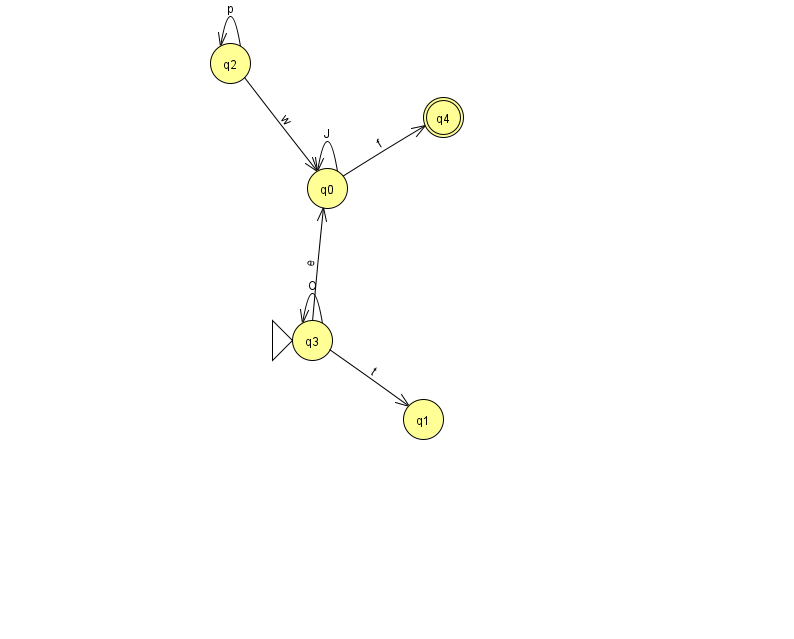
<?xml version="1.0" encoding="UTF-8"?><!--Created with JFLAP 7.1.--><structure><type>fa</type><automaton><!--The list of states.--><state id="0" name="q0"><x>327.0</x><y>175.0</y></state><state id="1" name="q1"><x>423.0</x><y>406.0</y></state><state id="2" name="q2"><x>230.0</x><y>50.0</y></state><state id="3" name="q3"><x>312.0</x><y>327.0</y><initial/></state><state id="4" name="q4"><x>443.0</x><y>104.0</y><final/></state><!--The list of transitions.--><transition><from>2</from><to>2</to><read>p</read></transition><transition><from>3</from><to>0</to><read>e</read></transition><transition><from>0</from><to>0</to><read>J</read></transition><transition><from>0</from><to>4</to><read>f</read></transition><transition><from>3</from><to>1</to><read>t</read></transition><transition><from>2</from><to>0</to><read>w</read></transition><transition><from>3</from><to>3</to><read>O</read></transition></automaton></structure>